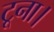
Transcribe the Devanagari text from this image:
टूना।